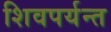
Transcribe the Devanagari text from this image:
शिवपर्यन्त